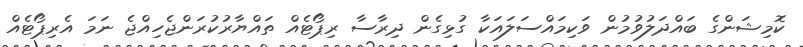
ކޮމިޝަންގެ ބައްދަލުވުމުން ވަކިމައްސަލައަކާ ގުޅިގެން ދިރާސާ ރިޕޯޓެއް ތައްޔާރުކުރަންޖެހިއްޖެ ނަމަ އެރިޕޯޓެއް